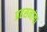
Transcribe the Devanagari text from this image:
प्रहसनांचा